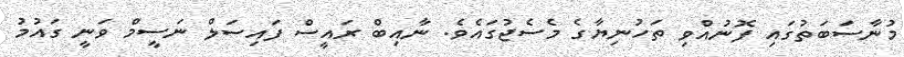
މުނާސަބަތުގައި ފޮނުއްވި ތަހުނިޔާގެ މެސެޖުގައެވެ. ނާއިބް ރައީސް ފައިސަލް ނަސީމް ވަނީ ގައުމު